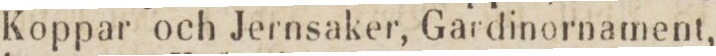
Koppar och Jernsaker, Gardinornament,